Annual report on the Civil Veterinary Department, Burma (including the Insein Veterinary School) - 1923-1931
Year: 1923
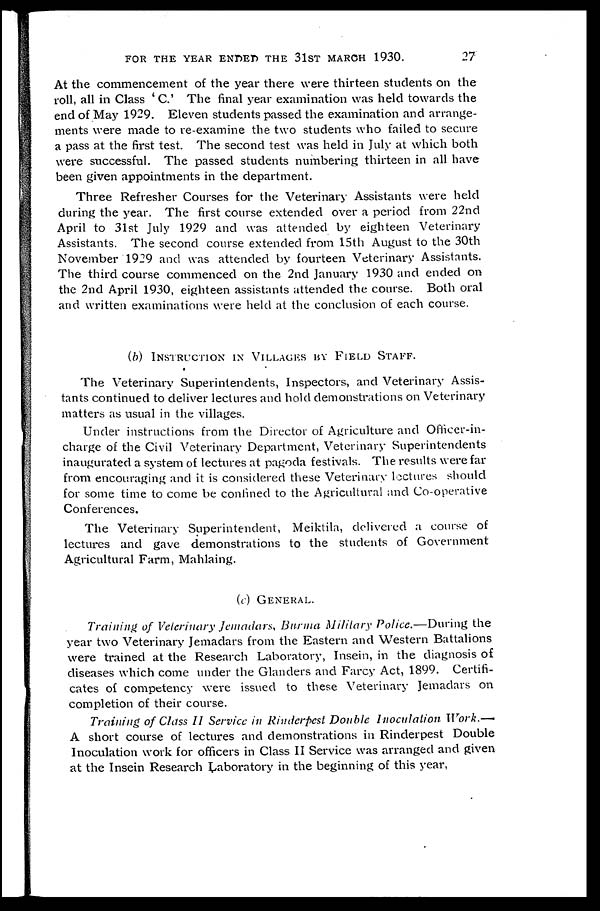
FOR THE YEAR ENDED THE 31ST MARCH 1930.
27
At the commencement of the year there were thirteen students on the
roll, all in Class 'C.' The final year examination was held towards the
end of May 1929. Eleven students passed the examination and arrange-
ments were made to re-examine the two students who failed to secure
a pass at the first test. The second test was held in July at which both
were successful. The passed students numbering thirteen in all have
been given appointments in the department.
Three Refresher Courses for the Veterinary Assistants were held
during the year. The first course extended over a period from 22nd
April to 31st July 1929 and was attended by eighteen Veterinary
Assistants. The second course extended from 15th August to the 30th
November 1929 and was attended by fourteen Veterinary Assistants.
The third course commenced on the 2nd January 1930 and ended on
the 2nd April 1930, eighteen assistants attended the course. Both oral
and written examinations were held at the conclusion of each course.
(b) INSTRUCTION IN VILLAGES BY FIELD STAFF.
The Veterinary Superintendents, Inspectors, and Veterinary Assis-
tants continued to deliver lectures and hold demonstrations on Veterinary
matters as usual in the villages.
Under instructions from the Director of Agriculture and Officer-in-
charge of the Civil Veterinary Department, Veterinary Superintendents
inaugurated a system of lectures at pagoda festivals. The results were far
from encouraging and it is considered these Veterinary lectures should
for some time to come be confined to the Agricultural and Co-operative
Conferences.
The Veterinary Superintendent, Meiktila, delivered a course of
lectures and gave demonstrations to the students of Government
Agricultural Farm, Mahlaing.
(c) GENERAL.
Training of Veterinary Jemadars, Burma Military Police.—During
the
year two Veterinary Jemadars from the Eastern and Western Battalions
were trained at the Research Laboratory, Insein, in the diagnosis of
diseases which come under the Glanders and Farcy Act, 1899. Certifi-
cates of competency were issued to these Veterinary Jemadars on
completion of their course.
Training of Class II Service in Rinderpest Double Inoculation
Work.—
A short course of lectures and demonstrations in Rinderpest Double
Inoculation work for officers in Class II Service was arranged and given
at the Insein Research Laboratory in the beginning of this year,